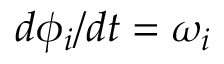
d \phi _ { i } / d t = \omega _ { i }